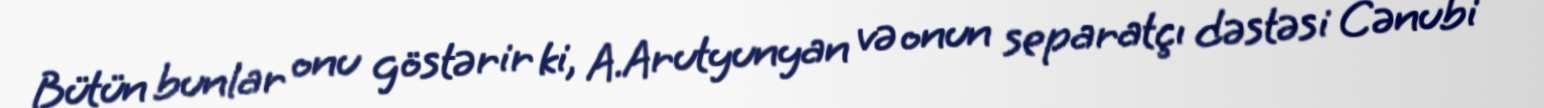
Bütün bunlar onu göstərir ki, A.Arutyunyan və onun separatçı dəstəsi Cənubi